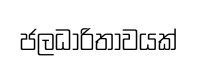
ජලධාරිතාවයක්